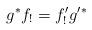
LaTeX: \begin{align*}g^* f_! = f'_! g'^*\end{align*}